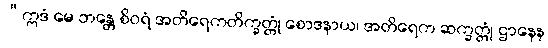
“ဣဒံ မေ ဘန္တေ စိဝရံ အတိရေကတိက္ခတ္တုံ စောဒနာယ၊ အတိရေက ဆက္ခတ္တုံ ဌာနေန